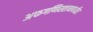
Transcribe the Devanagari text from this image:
अफगणिस्तानपर्यंत